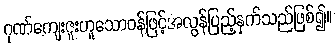
ဂုဏ်ကျေးဇူးဟူသောဝန်ဖြင့်အလွန်ပြည့်နှက်သည်ဖြစ်၍။